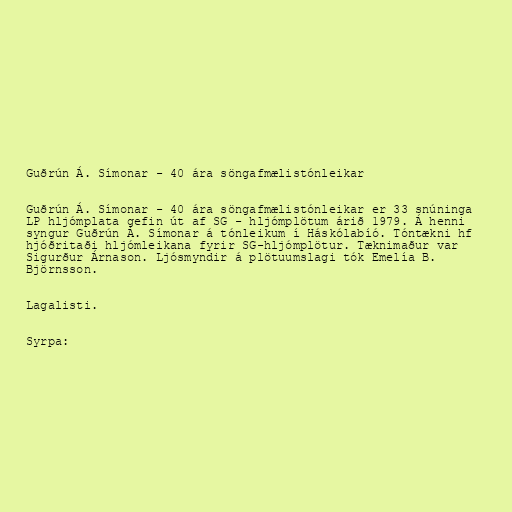
Guðrún Á. Símonar - 40 ára söngafmælistónleikar

Guðrún Á. Símonar - 40 ára söngafmælistónleikar er 33 snúninga
LP hljómplata gefin út af SG - hljómplötum árið 1979. Á henni
syngur Guðrún Á. Símonar á tónleikum í Háskólabíó. Tóntækni hf
hjóðritaði hljómleikana fyrir SG-hljómplötur. Tæknimaður var
Sigurður Árnason. Ljósmyndir á plötuumslagi tók Emelía B.
Björnsson.

Lagalisti.

Syrpa: